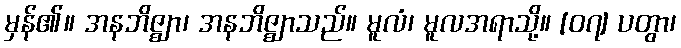
မှန်၏။ အနဘိဇ္ဈာ၊ အနဘိဇ္ဈာသည်။ မူလံ၊ မူလအရာသို့။ [၀၇] ပတွာ၊